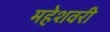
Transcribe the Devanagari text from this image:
महेशवरी